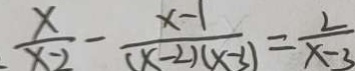
\frac { x } { x - 2 } - \frac { x - 1 } { ( x - 2 ) ( x - 3 ) } = \frac { 2 } { x - 3 }